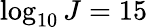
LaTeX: \log_{10}J=15